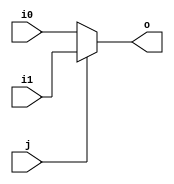
module mux2 (input wire i0, i1, j, output wire o);
    assign o = (j==0)?i0:i1;
endmodule

module mux4 (input wire [0:3] i, input wire j1, j0, output wire o);
    wire  t0, t1;
    mux2 mux2_0 (i[0], i[1], j1, t0);
    mux2 mux2_1 (i[2], i[3], j1, t1);
    mux2 mux2_2 (t0, t1, j0, o);
endmodule

module mux8 (input wire [0:7] i, input wire j2, j1, j0, output wire o);
    wire  t0, t1;
    mux4 mux4_0 (i[0:3], j2, j1, t0);
    mux4 mux4_1 (i[4:7], j2, j1, t1);
    mux2 mux2_0 (t0, t1, j0, o);
endmodule